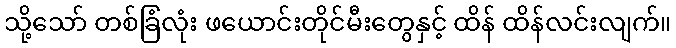
သို့သော် တစ်ခြံလုံး ဖယောင်းတိုင်မီးတွေနှင့် ထိန် ထိန်လင်းလျက်။